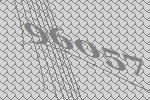
96057